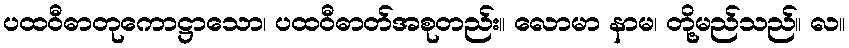
ပထဝီဓာတုကောဋ္ဌာသော၊ ပထဝီဓာတ်အစုတည်း။ လောမာ နာမ၊ တို့မည်သည်။ လ။